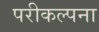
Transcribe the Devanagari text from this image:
परीकल्पना